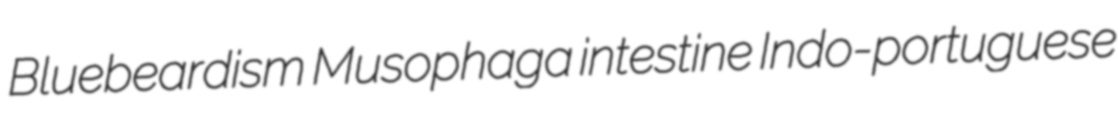
Bluebeardism Musophaga intestine Indo-portuguese